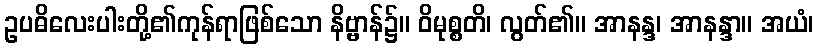
ဥပဓိလေးပါးတို့၏ကုန်ရာဖြစ်သော နိဗ္ဗာန်၌။ ဝိမုစ္စတိ၊ လွတ်၏။ အာနန္ဒ၊ အာနန္ဒာ။ အယံ၊